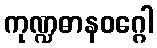
ကုဏ္ဍဓာနဝဂ္ဂေါ